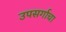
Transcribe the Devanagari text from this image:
उपसर्गाचा